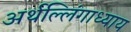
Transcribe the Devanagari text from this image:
अर्थल्लिंगाध्याय